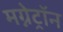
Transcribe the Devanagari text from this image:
मग्नेट्रॉन